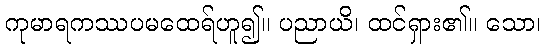
ကုမာရကဿပမထေရ်ဟူ၍။ ပညာယိ၊ ထင်ရှား၏။ သော၊